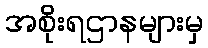
အစိုးရဌာနများမှ